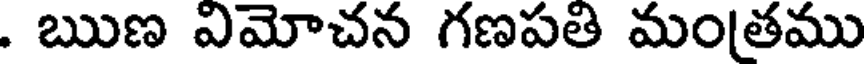
. ఋణ విమోచన గణపతి మంతము